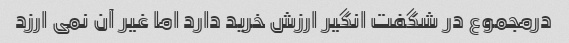
درمجموع در شگفت انگیر ارزش خرید دارد اما غیر آن نمی ارزد